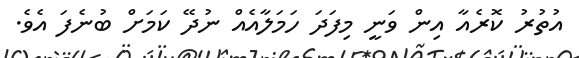
އުތުރު ކޮރެއާ އިން ވަނީ މިފަދަ ހަމަލާއެއް ނުދޭ ކަމަށް ބުނެފަ އެވެ.